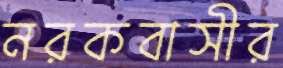
নরকবাসীর